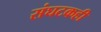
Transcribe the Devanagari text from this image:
संघटकही